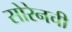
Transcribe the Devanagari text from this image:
सोरेनची